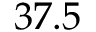
3 7 . 5